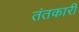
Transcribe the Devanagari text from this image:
तंतकारी